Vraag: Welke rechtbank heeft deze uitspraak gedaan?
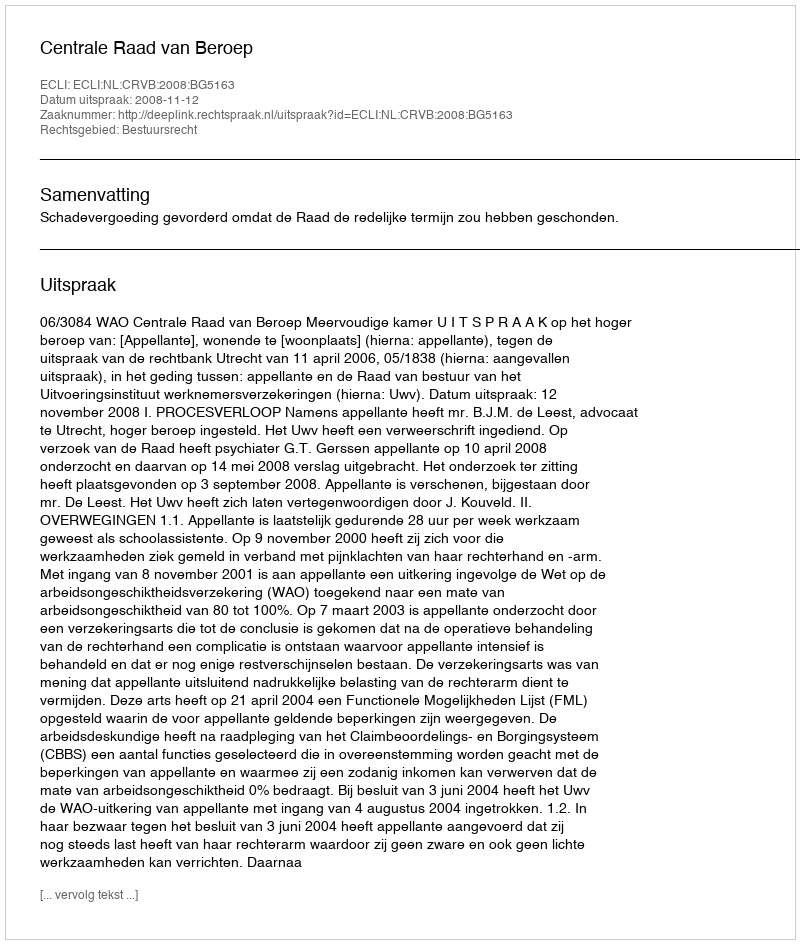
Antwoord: Centrale Raad van Beroep